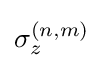
\sigma _{z}^{(n,m)}